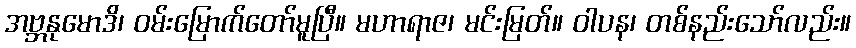
အဗ္ဘနုမောဒိ၊ ဝမ်းမြောက်တော်မူပြီ။ မဟာရာဇ၊ မင်းမြတ်။ ဝါပန၊ တစ်နည်းသော်လည်း။